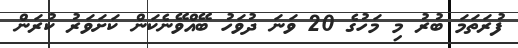
ފުރަތަމަ ބުރު މި މަހުގެ 20 ވަނަ ދުވަހު ބޭއްވޭނެކަން ކަށަވަރު ކުރަން